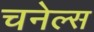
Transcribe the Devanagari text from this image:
चनेल्स